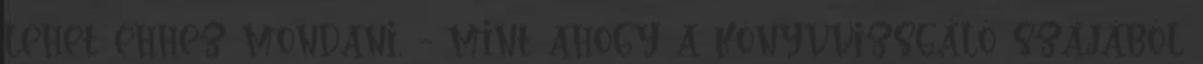
lehet ehhez mondani, - mint ahogy a könyvvizsgáló szájából